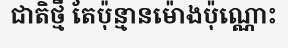
ជាតិថ្មី តែប៉ុន្មានម៉ោងប៉ុណ្ណោះ